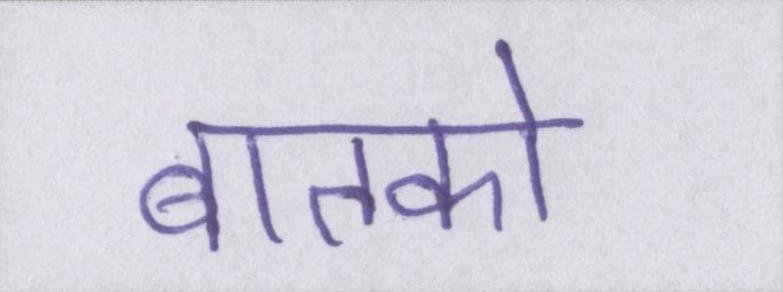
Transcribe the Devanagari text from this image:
बातको